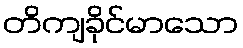
တိကျခိုင်မာသော